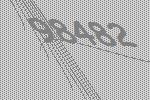
98482